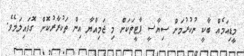
މީޑިއަމެއް ބާކީ ނުކުރުމަށް ސިޔާސީ ޕާޓީތަކަށް މި ޖަމިއްޔާ އިން ތަކުރާރުކޮށް ގޮވައިލަމެވެ.